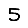
Digit: 5